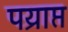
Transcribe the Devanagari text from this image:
पय्राप्त